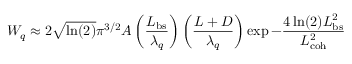
W _ { q } \approx 2 \sqrt { \ln ( 2 ) } \pi ^ { 3 / 2 } A \left( \frac { L _ { \mathrm { b s } } } { \lambda _ { q } } \right) \left( \frac { L + D } { \lambda _ { q } } \right) \exp { - \frac { 4 \ln ( 2 ) L _ { \mathrm { b s } } ^ { 2 } } { L _ { \mathrm { c o h } } ^ { 2 } } }